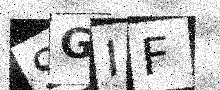
Text: SGIF